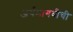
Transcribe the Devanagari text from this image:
अर्थमागधीची